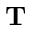
\mathbf { T }